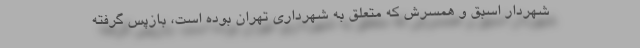
شهردار اسبق و همسرش که متعلق به شهرداری تهران بوده ‌است، بازپس ‌گرفته